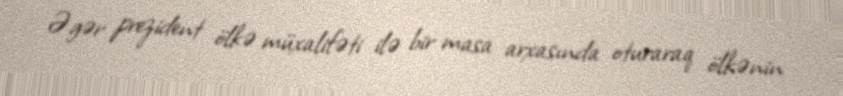
Əgər prezident ölkə müxalifəti ilə bir masa arxasında oturaraq ölkənin